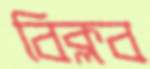
বিক্লব